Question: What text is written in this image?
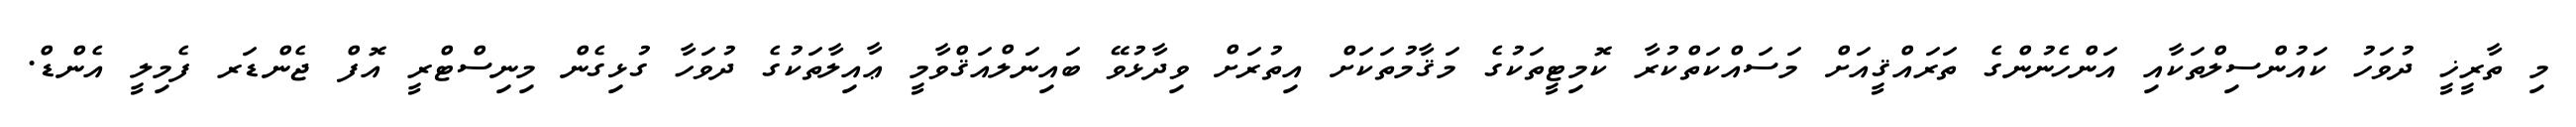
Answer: މި ތާރީޚީ ދުވަހު ކައުންސިލްތަކާއި އަންހެނުންގެ ތަރައްޤީއަށް މަސައްކަތްކުރާ ކޮމިޓީތަކުގެ މަޤާމުތަކަށް އިތުރަށް ވިދާޅުވޭ ބައިނަލްއަޤްވާމީ ޢާއިލާތަކުގެ ދުވަހާ ގުޅިގެން މިނިސްޓްރީ އޮފް ޖެންޑަރ ފެމިލީ އެންޑް.